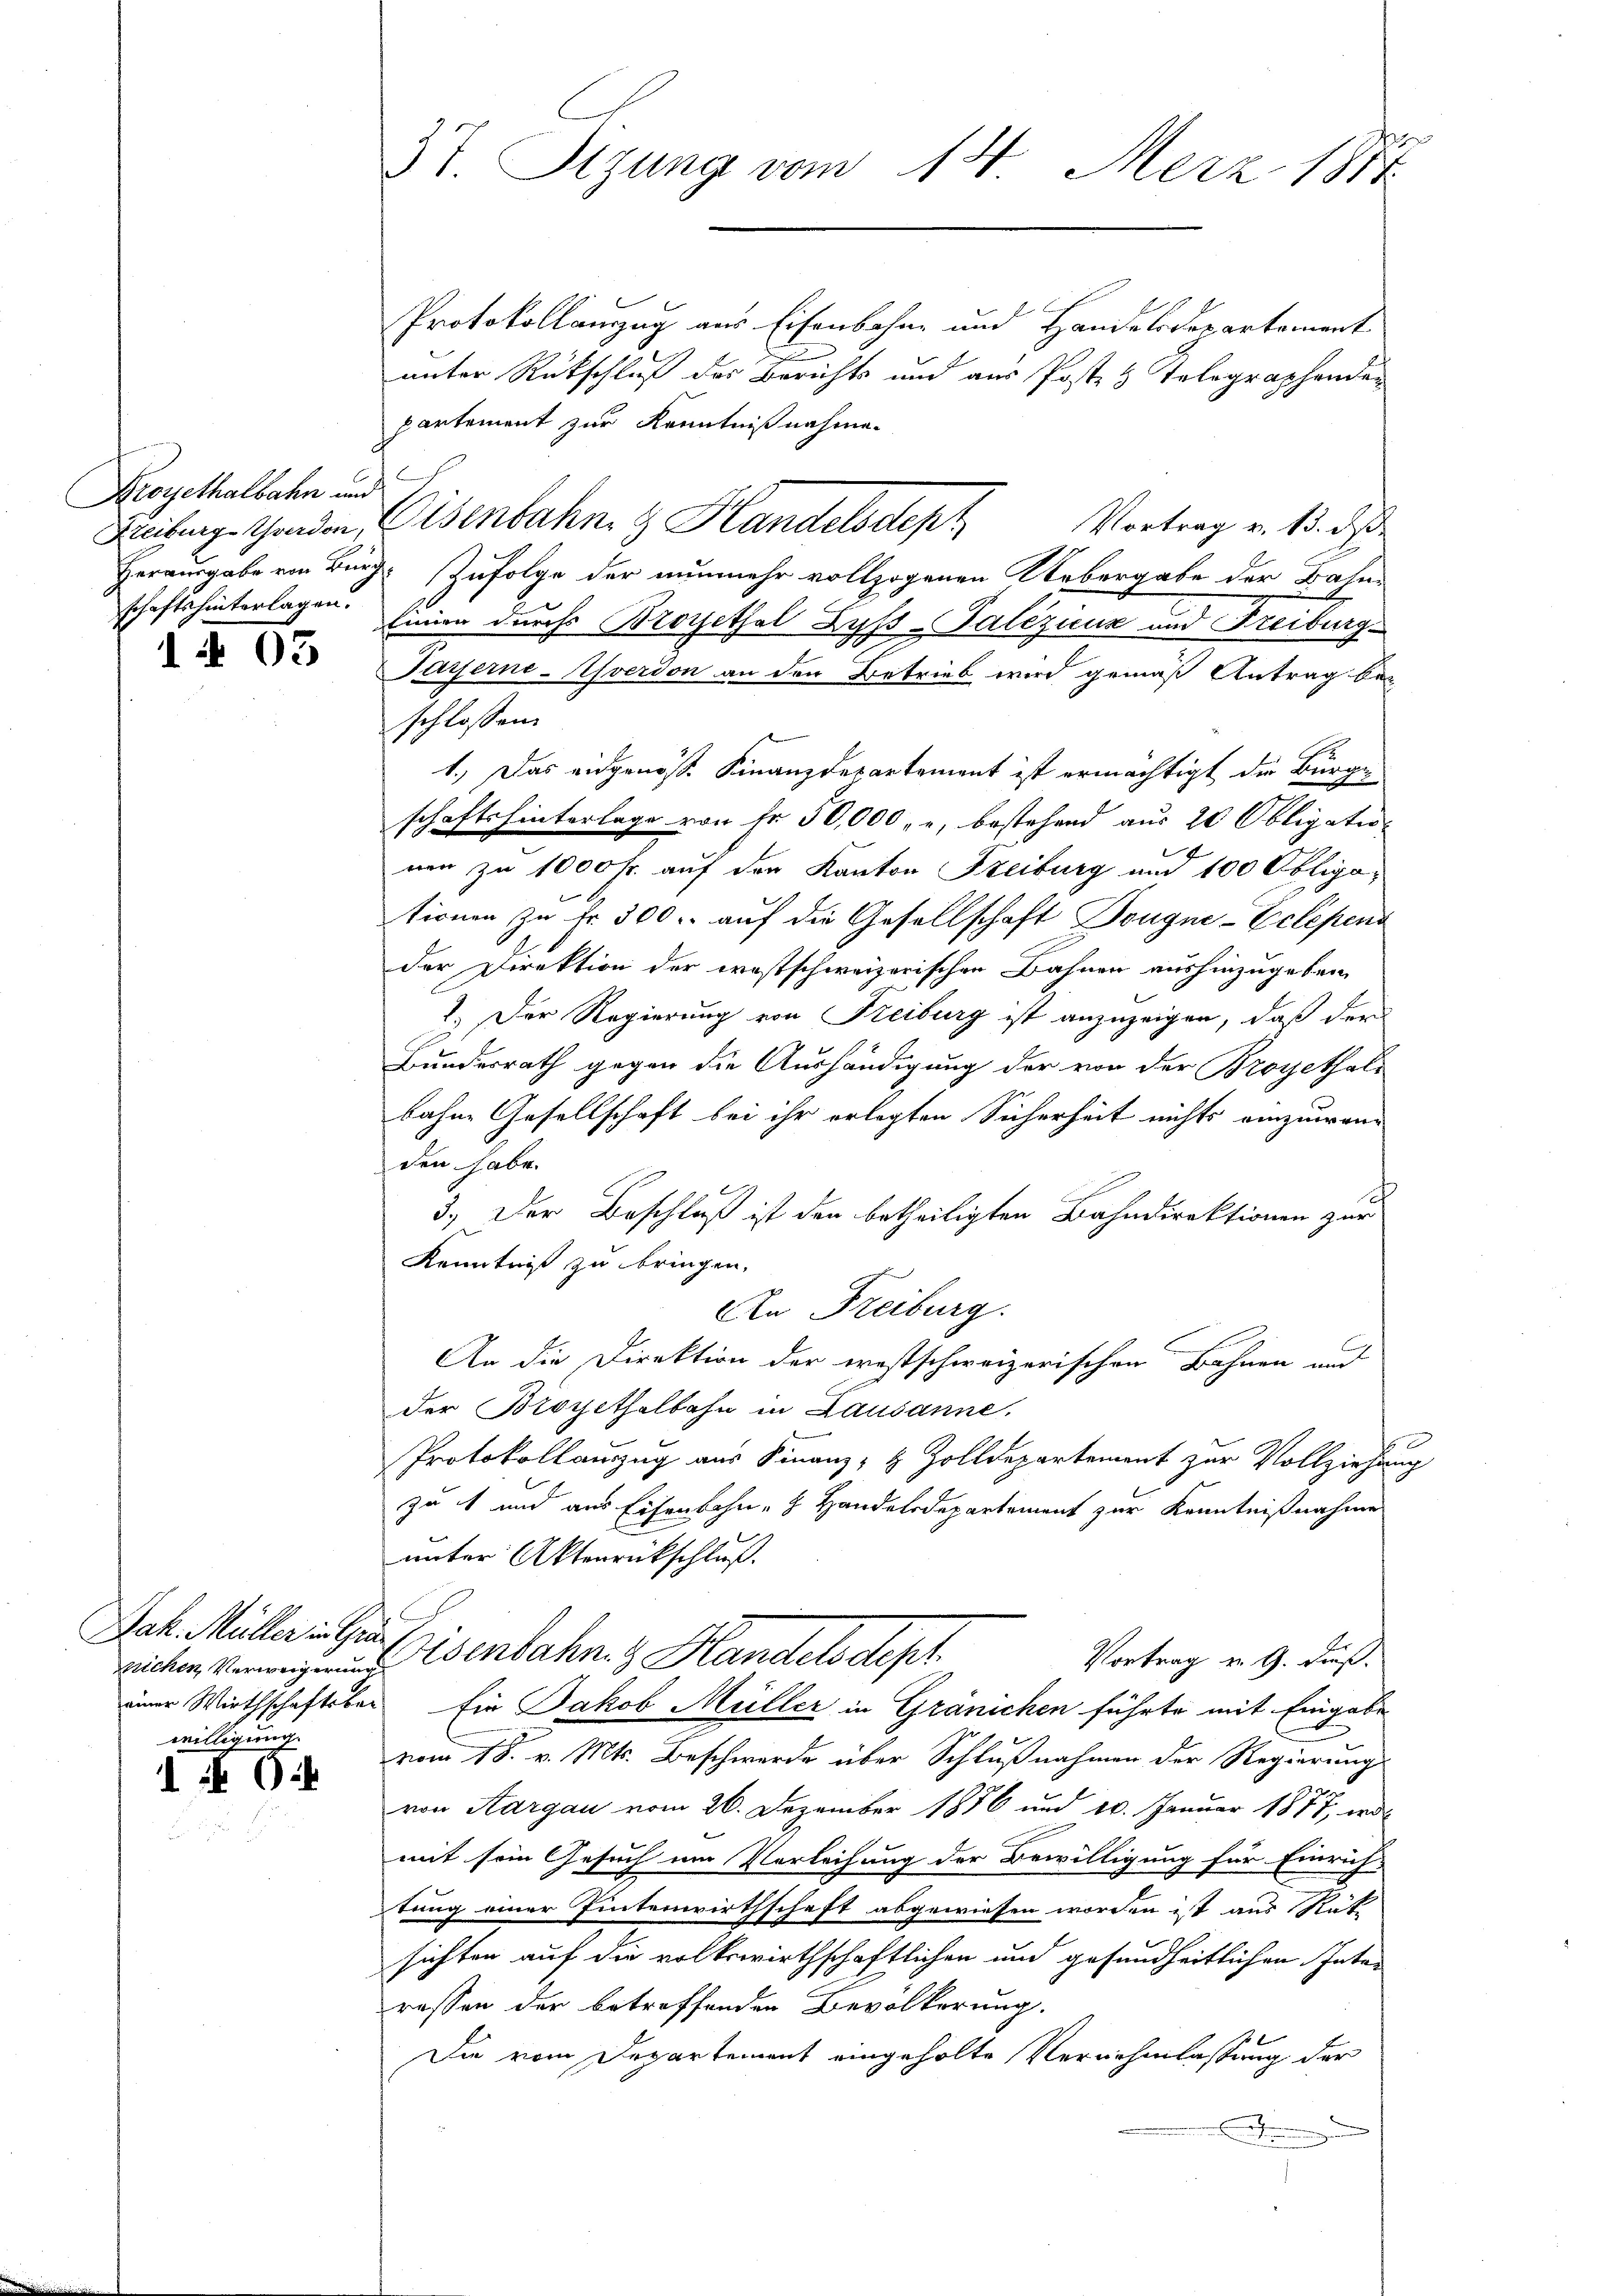
Droyethalbahn und
schaftshinterlagen.

1 403

Protokollanzug aus Eisenbahne und Handelsdepartement
unter Rückschluß des Berichts und aus Poste & Tolographenden
partement zur Kenntnißnahme.
Freibung handen, Eisenbahn & Handelsdept Vortrag v. 13. ds
Herausgabe von Burch Zufolge der nunmehr vollzogenen Uebergabe der Bahn¬
Einien durch Brochethal Zyss-Talezicus und Freiburg
Payerne-Asverdon an den Betrieb wird gemäß Antrag be-
schlossen:
1.) Das eidgenöss. Finanzdepartement ist ermächtigt der Bürge
schafts hinterlage von Fr. 50,000, u, bestehend aus 20 Obligatio
nen zu 1000 Fr. auf den Kanton Freiburg und 100 Obligationen zu Fr. 300. auf die Gesellschaft Dougne-Eclepend
der Direktion der ernstschweizerischen Bahnen aushinzugeben
1.) Der Regierung von Freiburg ist anzuzeigen, daß der
Bundesrath gegen die Aushändigung der von der Broyethal-
bahne Gesellschaft bei ihr erlegten Sicherheit nichts einzuwenden habe.
3.) Der Beschluß ist den betheiligten Bahndirektionen zur
Kenntniß zu bringen.
An Freiburg.
An die Direktion der westschweizerischen Bahnen und
der Brochethelbahn in Lausanne.
Protokollauszug aus Finanz- & Zolldepartement zur Vollziehung
zu 1 und aus Eisenbahn- & Handelsdepartement zur Kenntnißnahme
unter Aktenrückschluß.
Vortrag v. 9. dieß.
kichen Verweigerung Osenbahn. Handelsdept.
einer Wirthschaftsber Ein Jakob Müller in Gränichen führte mit Eingabe
vom 18. v. Mts. Beschwerde über Schlußnahmen der Regierung
von Aargau vom 26. Dezember 1886 und 20. Januar 1877 erde
mit sein Gesuch um Vorleihung der Bewilligung für Einrich-
tung einer Eintenwirthschaft abgewiesen worden ist aus Rüt
sichten auf die volkswirthschaftlichen und gesundheitlichen Interessen der betreffenden Bevölkerung.
 6
Die vom Departement eingeholte Vernehmlassung der

Jak. Müller in Gra

3t. Sizung vom 14. Merz 1884